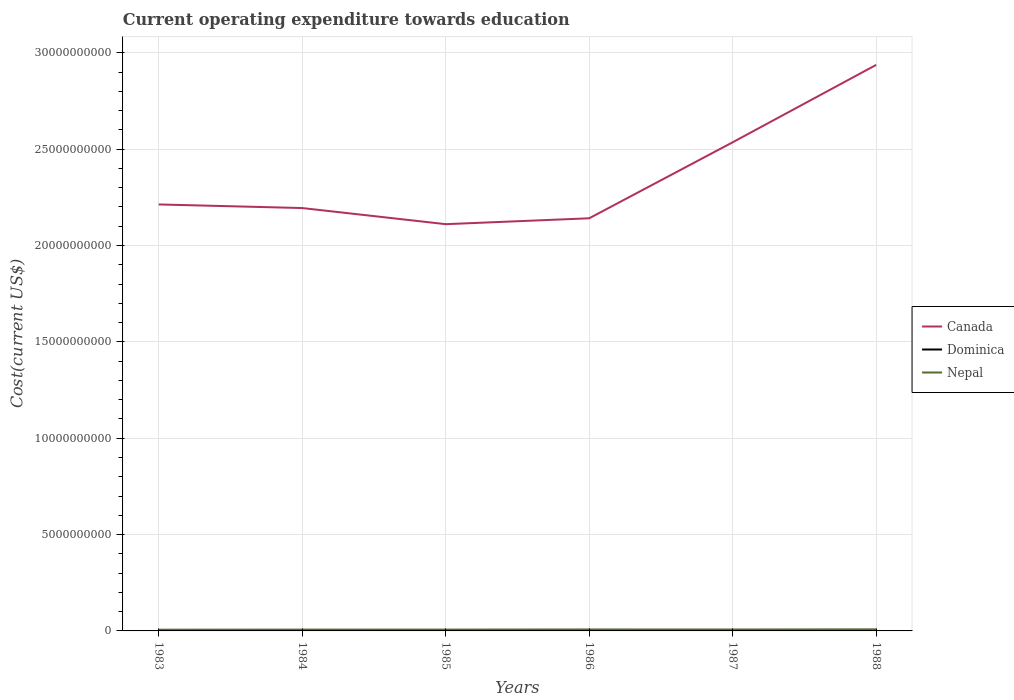
| Years | Canada | Dominica | Nepal |
 | --- | --- | --- | --- |
 | 1983 | 2.21e+10 | 4.29e+06 | 6.4e+07 |
 | 1984 | 2.19e+10 | 4.75e+06 | 6.91e+07 |
 | 1985 | 2.11e+10 | 5.04e+06 | 6.99e+07 |
 | 1986 | 2.14e+10 | 5.92e+06 | 7.7e+07 |
 | 1987 | 2.54e+10 | 6.32e+06 | 7.49e+07 |
 | 1988 | 2.94e+10 | 6.42e+06 | 8.24e+07 |